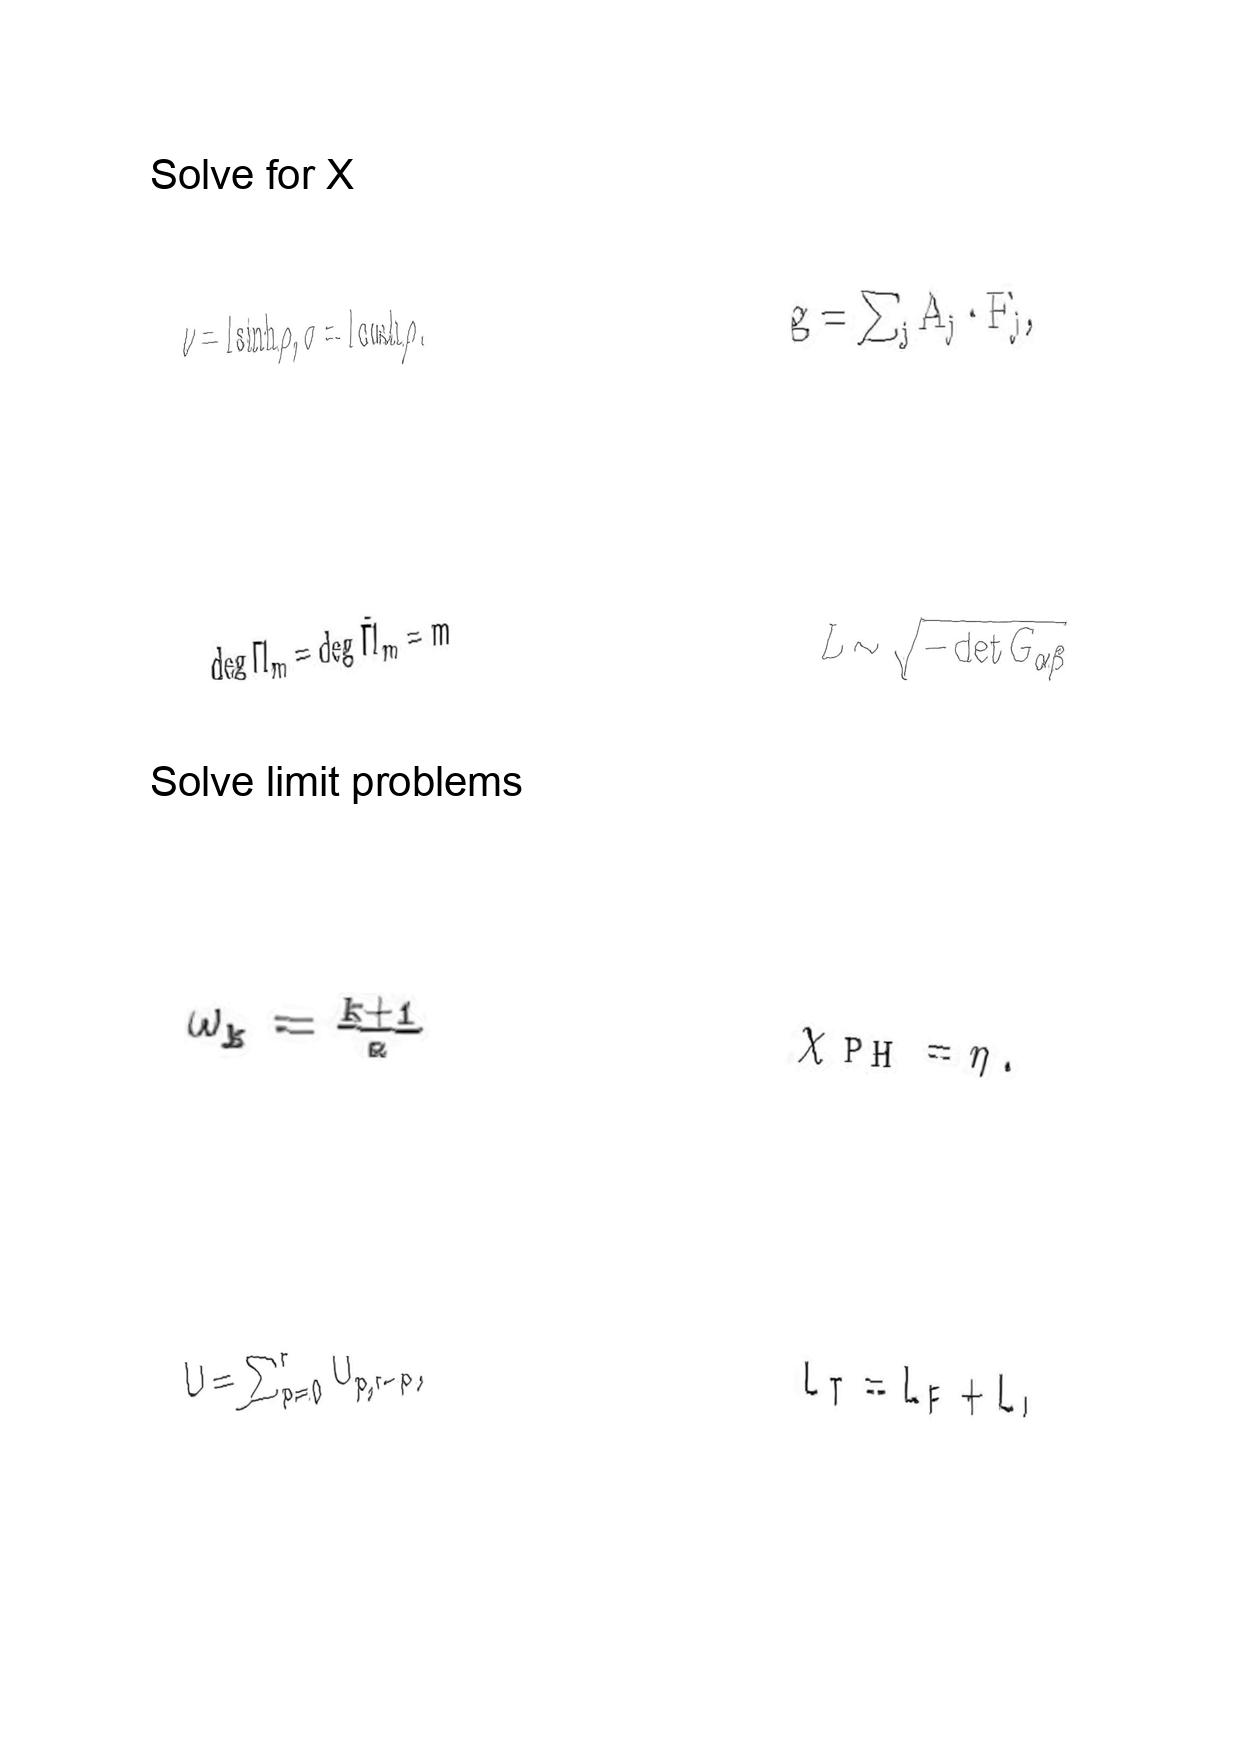
LaTeX transcription:
\nu = l \sinh \rho , \sigma = l \cosh \rho .
\deg \Pi _ { m } = \deg \tilde { \Pi } _ { m } = m
\omega _ { k } = \frac { k + 1 } { R }
U = \sum _ { p = 0 } ^ { r } U _ { p , r - p } ,
g = \sum _ { j } A _ { j } \cdot F _ { j } ,
L \sim \sqrt { - \det G _ { \alpha \beta } }
\chi _ { \mathrm { P H } } = \eta .
L _ { T } = L _ { F } + L _ { I }